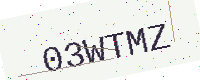
Text: 03WTMZ